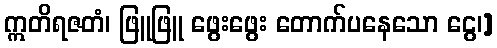
ဣတိရဇတံ၊ ဖြူဖြူ ဖွေးဖွေး တောက်ပနေသော ငွေ၊]